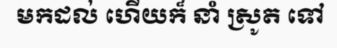
មកដល់ ហើយក៏ នាំ ស្រូត ទៅ